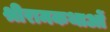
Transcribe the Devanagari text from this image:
श्रीरामकथाओं